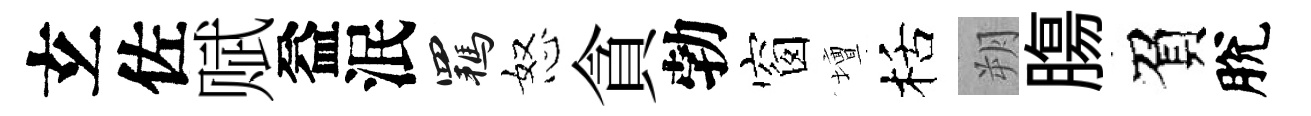
𤣥佐赋益泯羈怒貪勃窗壇栝朔膓負脫